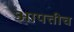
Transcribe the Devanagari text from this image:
आपत्तीच